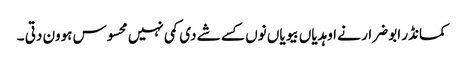
کمانڈر ابو ضرار نے اوہدیاں بیویاں نوں کسے شے دی کمی نہیں محسوس ہوون دتی ۔